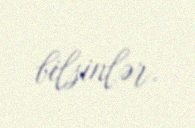
bilsinlər.